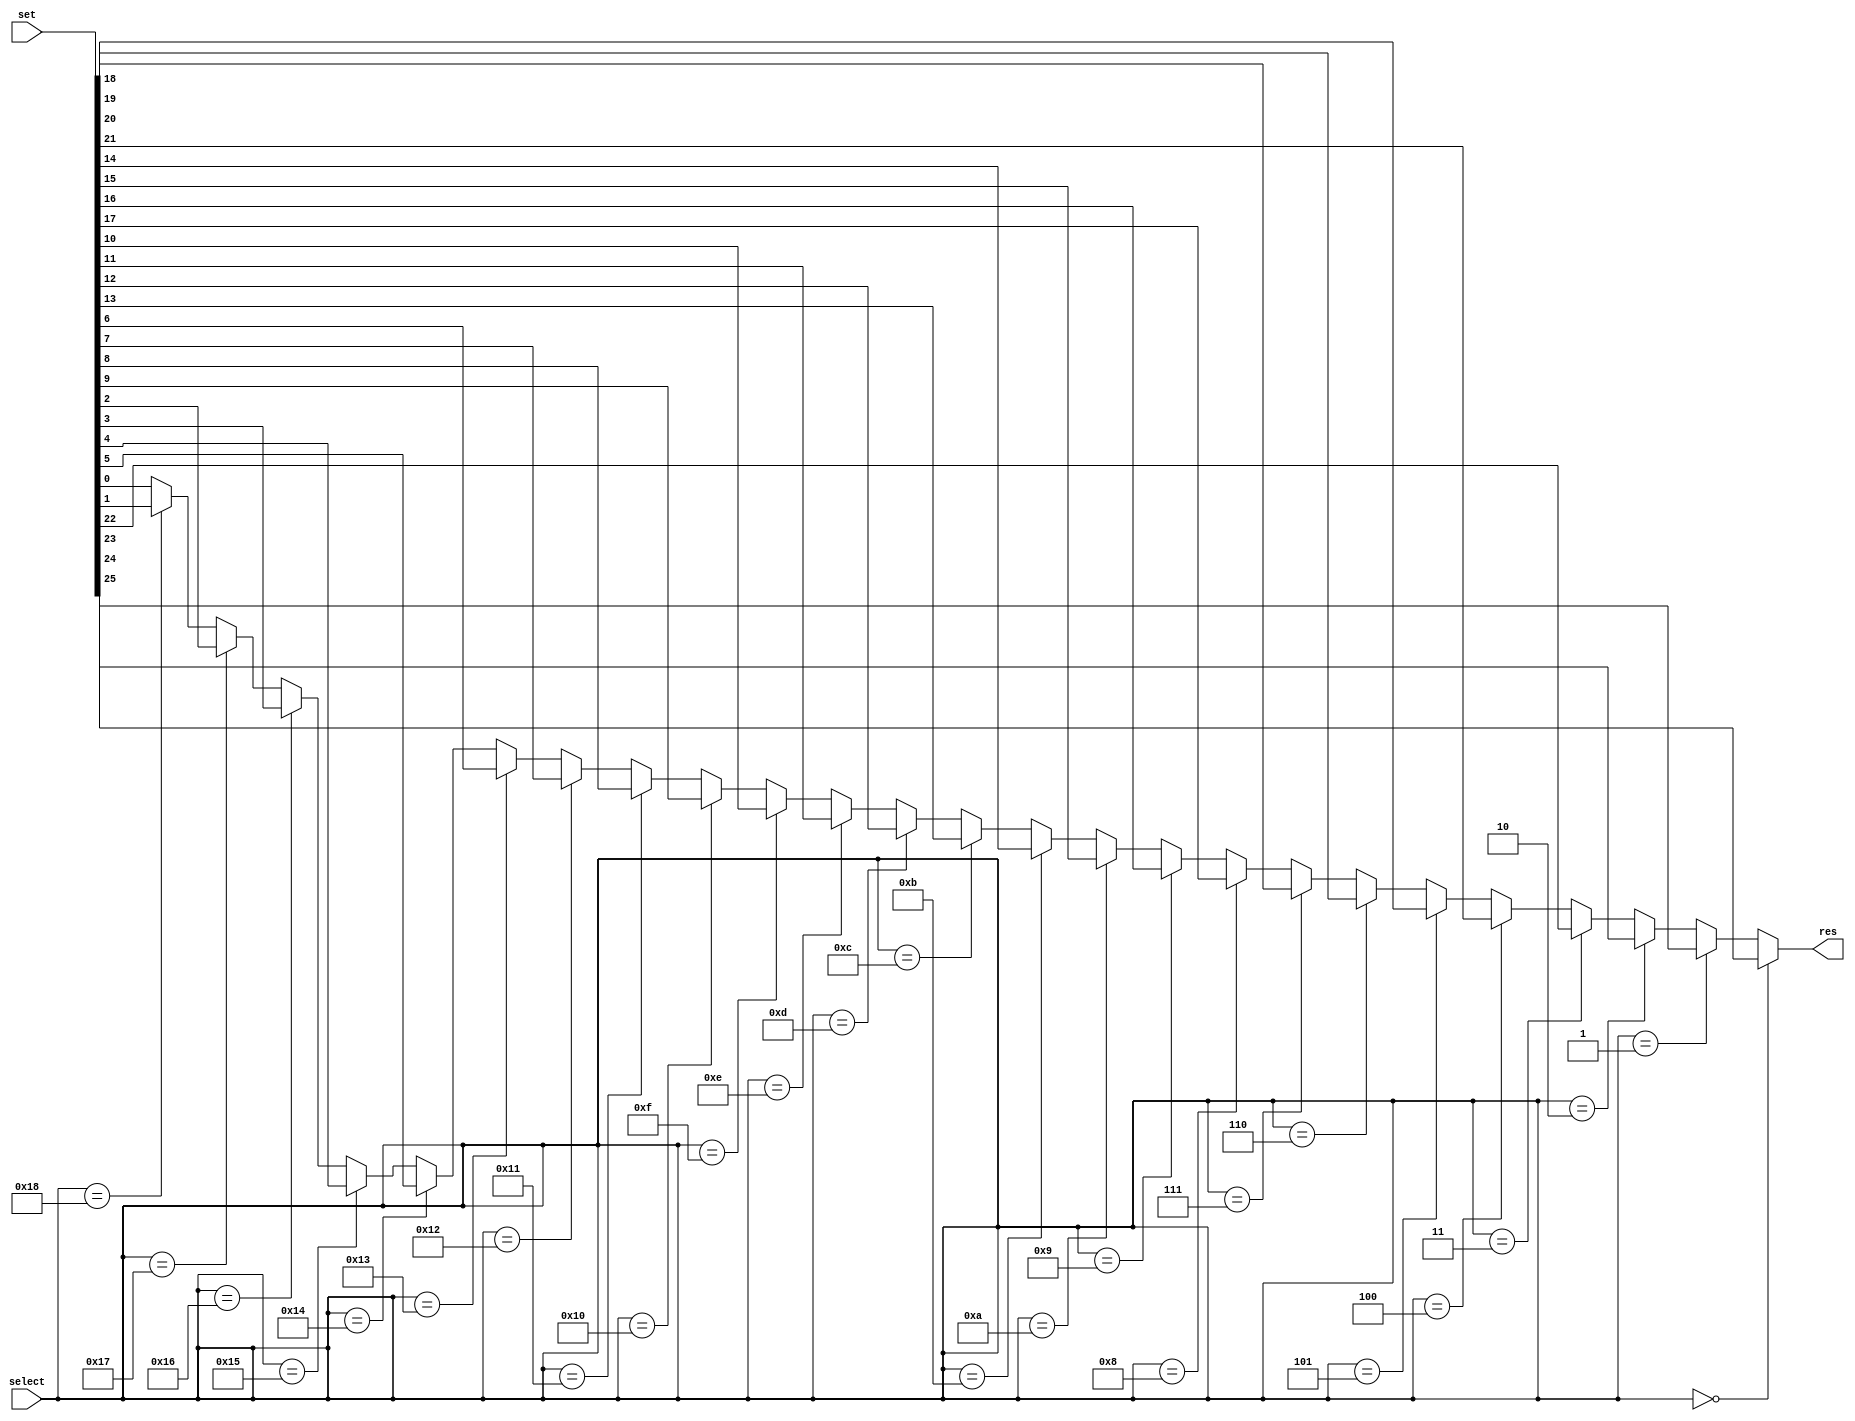
`timescale 1ns / 1ps

module mux_26_1(
input [0:25] set,
input [7:0] select,
output res
);

assign res= (select==7'd0)?set[0]:(select==7'd1)?set[1]:(select==7'd2)?set[2]:(select==7'd3)?set[3]:
(select==7'd4)?set[4]:(select==7'd5)?set[5]:(select==7'd6)?set[6]:(select==7'd7)?set[7]:
(select==7'd8)?set[8]:(select==7'd9)?set[9]:(select==7'd10)?set[10]:(select==7'd11)?set[11]:
(select==7'd12)?set[12]:(select==7'd13)?set[13]:(select==7'd14)?set[14]:(select==7'd15)?set[15]:
(select==7'd16)?set[16]:(select==7'd17)?set[17]:(select==7'd18)?set[18]:(select==7'd19)?set[19]:
(select==7'd20)?set[20]:(select==7'd21)?set[21]:(select==7'd22)?set[22]:(select==7'd23)?set[23]:
(select==7'd24)?set[24]:set[25];
    
endmodule